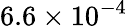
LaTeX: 6.6\times 10^{-4}